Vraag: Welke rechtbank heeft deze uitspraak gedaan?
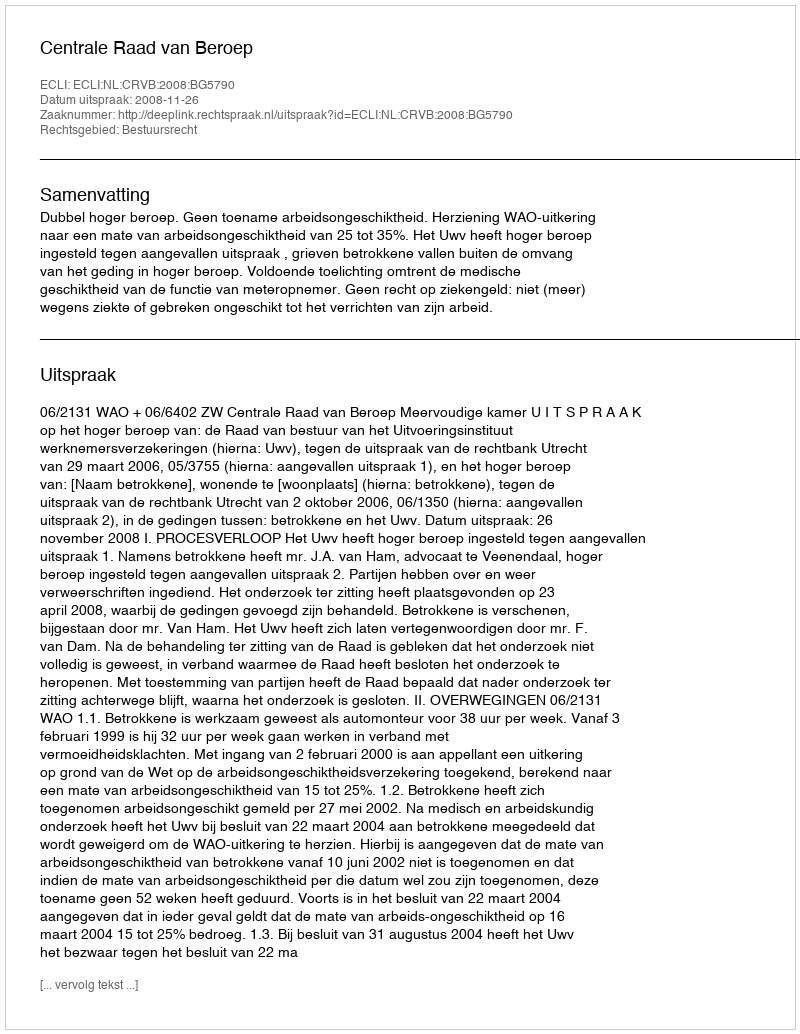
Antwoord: Centrale Raad van Beroep